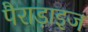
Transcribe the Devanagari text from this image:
पैराड़ाइज